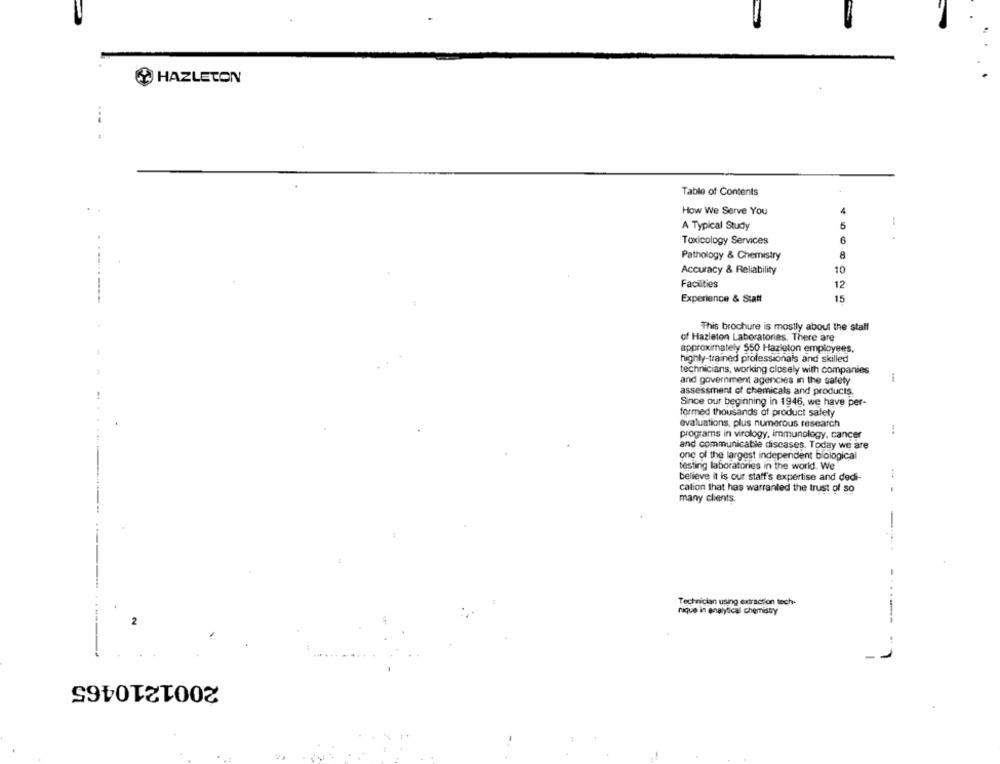
HAZLETON
Table of Contents
. .
How We Serve You
-
A Typical Study
5
Toxicology Services
Pathology & Chemistry
8
Accuracy & Reliability
10
Faculties
12
Experience & Statt
15
This brochure is mostly about the staff
of Hazleton Laboratories. There are
approximately $50 Hazleton employees,
highly-trained professionals and skilled
technicians, working closely with companies
and government agencies in the safety
1
assessment of chemicals and products.
Since our beginning in 1946, we have per-
formed thousands of product safety
evaluations, plus numerous research
programs in virology, immunology, cancer
and communicable discases. Today we are
one of the largest independent biological
testing laboratories in the world. We
believe it is our staff's expertise and dedi-
cation that has warranted the trust of so
many clients.
1
Technician using extraction tech-
nique in analytical chemistry
---
L.
-
2001210465